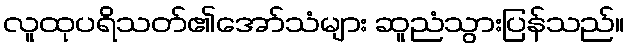
လူထုပရိသတ်၏အော်သံများ ဆူညံသွားပြန်သည်။